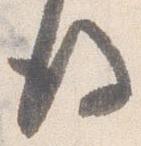
後